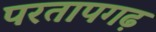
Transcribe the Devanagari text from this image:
परतापगढ़